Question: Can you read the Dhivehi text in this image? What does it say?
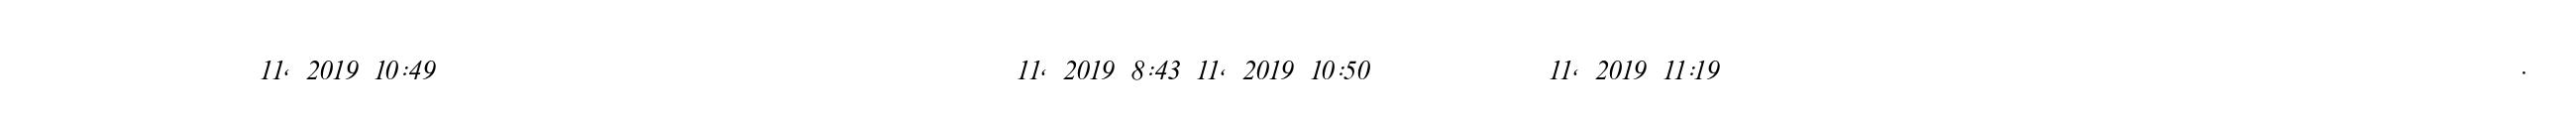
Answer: ?????????????????? 11, 2019 10:49 ??? ????????? ??? ?????? ???? ??? ??? ????????? 11, 2019 8:43 11, 2019 10:50 ????????? ??? 11, 2019 11:19 ??? ?????? ??? ?????? ?????? ?????? ?????????????????????????????????.